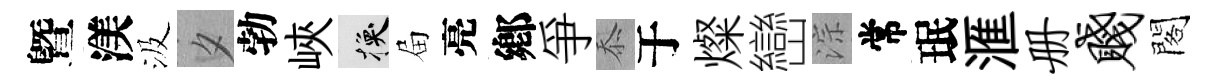
曁渼汲夕勃峽换屇亮鄕爭忝于燦巒淙常珉滙册贱閣